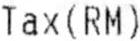
TAX (RM)